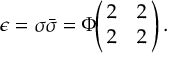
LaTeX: \epsilon = \sigma \bar { \sigma } = \Phi \! \! \left( \! \! \begin{array} { c c } { { 2 } } & { { 2 } } \\ { { 2 } } & { { 2 } } \end{array} \! \! \right) .